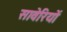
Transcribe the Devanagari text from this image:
सावेरियों